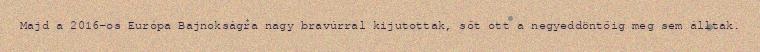
Majd a 2016-os Európa Bajnokságra nagy bravúrral kijutottak, sőt ott a negyeddöntőig meg sem álltak.